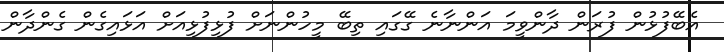
އެބޭފުޅުން ފުރަން ދާންވީމަ އަންނާނެ ގޭގައި ތިބޭ މީހުންނަށް ފުޅިފުޅިއަށް އަޅައިގެން ގެންދާން